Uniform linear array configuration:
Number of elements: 48
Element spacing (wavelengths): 0.25
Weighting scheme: uniform
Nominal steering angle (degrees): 60
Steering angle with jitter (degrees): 61.954
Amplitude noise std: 0.05
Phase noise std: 0.05

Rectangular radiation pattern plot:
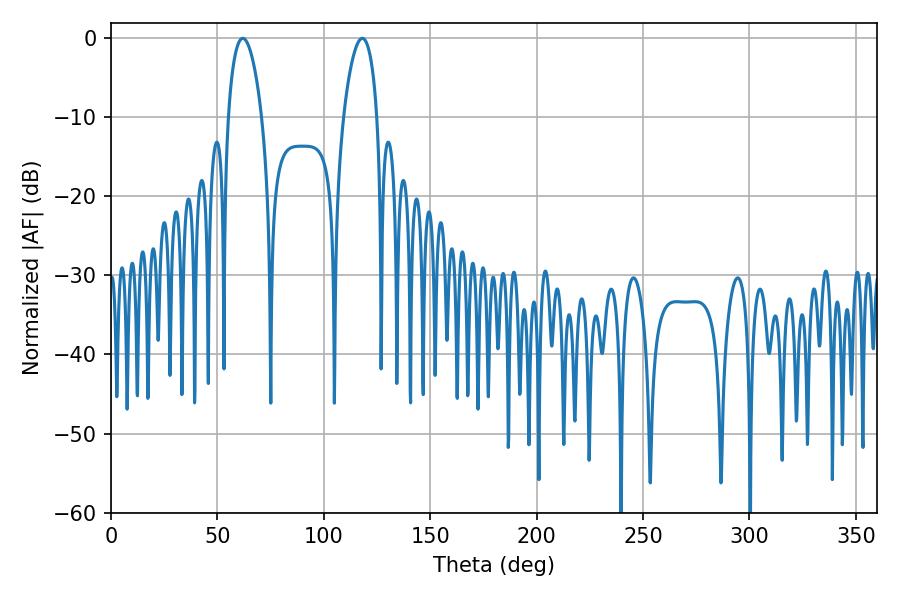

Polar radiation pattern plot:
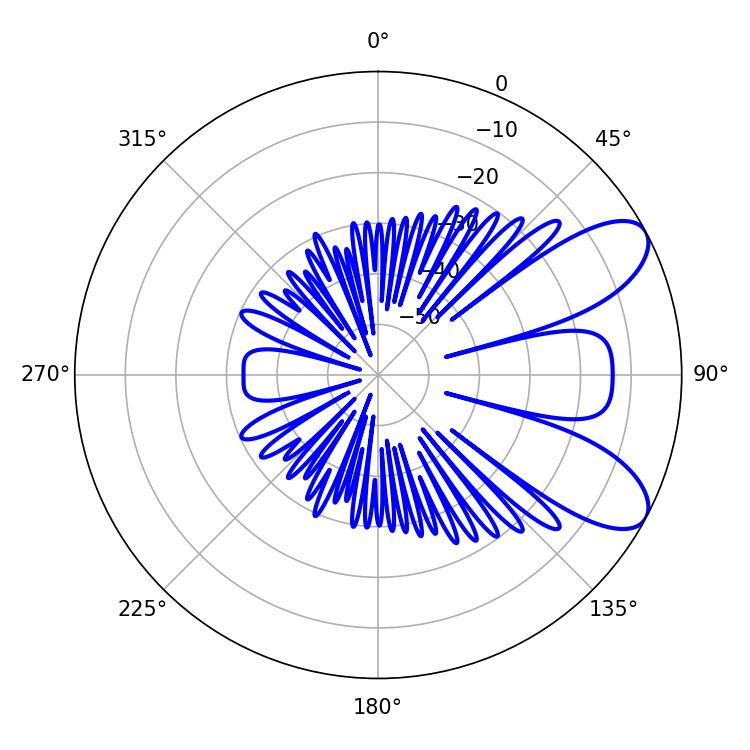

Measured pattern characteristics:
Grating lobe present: FALSE
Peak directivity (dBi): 8.069
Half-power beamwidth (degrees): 9
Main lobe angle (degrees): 61.92